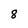
Character: 8